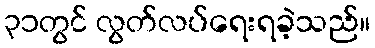
၃၁တွင် လွတ်လပ်ရေးရခဲ့သည်။